system: You are a helpful assistant.
user:
Analyze the provided spectrum to determine if it is a **M-type Giant (gM)**.

A M-type Giant spectrum is defined by its **strong molecular absorption** features, particularly from **Titanium Oxide (TiO)**. You must check for one of the following mutually exclusive signatures:

- **Key Visual Indicators (Absorption-Dominated Spectrum):**

    - **(Primary):** The spectrum is dominated by strong molecular absorption from **Titanium Oxide (TiO)**. This is the **defining feature** of its M-type temperature class.
        - **(Key Bandheads):** Look for sharp, "saw-tooth" absorption valleys. The strongest are located near **~7050 Å**, **~6160 Å**, and **~5170 Å**.
        - **(Line Profile):** The "saw-tooth" morphology is critical: a **sharp, steep drop on the BLUE (short-wavelength) side** of the bandhead, followed by a gradual recovery (rising flux) towards the RED (long-wavelength) side.

    - **(Key Confirmation - Giant vs. Dwarf):** **ABSENCE** of strong **Calcium Hydride (CaH)** molecular bands. This is the primary diagnostic for *excluding* M-dwarfs.
        - **(Key Region):** The spectrum should lack the strong, broad absorption band seen in dwarfs between **~6800 Å and ~7000 Å**.

    - **(Secondary Confirmation - Giant):** A very strong and broad **Neutral Calcium (Ca I)** atomic absorption line.
        - **(Key Line):** Located at **~4226 Å**. In a giant (gM), this line is significantly deeper and broader than the same line in an M-dwarf (dM) due to low surface gravity.

    - **(Overall Spectrum):**
        - The continuum is **extremely red-sloping** (i.e., flux is very low in the blue and rises dramatically towards the red).
        - The entire spectrum appears "chopped up" by the deep TiO bands.

Think first, call **spectral_visualization_tool** if needed to examine features in detail, then provide your final answer. Your response must adhere to the following strict rules:
1.  **Overall Structure:** Your response must follow the format `<think>...</think> <tool_call>...</tool_call> (if a tool is used) <answer>...</answer>`.
2.  **Tool Usage Constraint:** You may only make **one** tool call per turn.
3.  **Final Answer Format:** In the `<answer>` tag, your conclusion must be inside a `\boxed{}` command (e.g., `\boxed{YES}` or `\boxed{NO}`), followed by your justification.

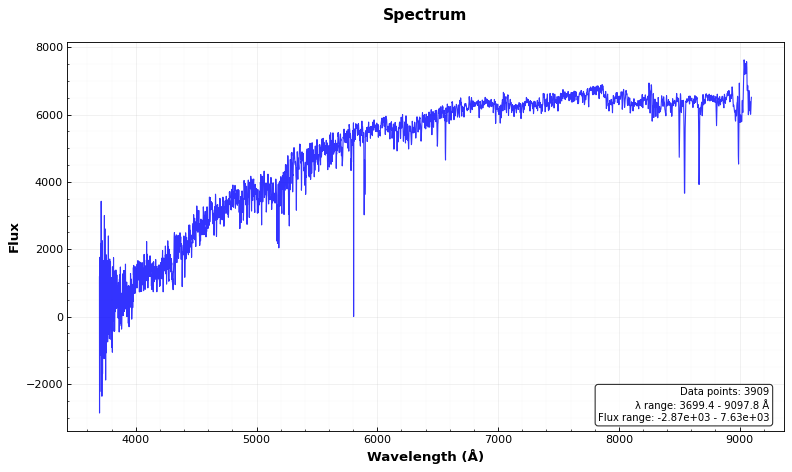
Answer: NO